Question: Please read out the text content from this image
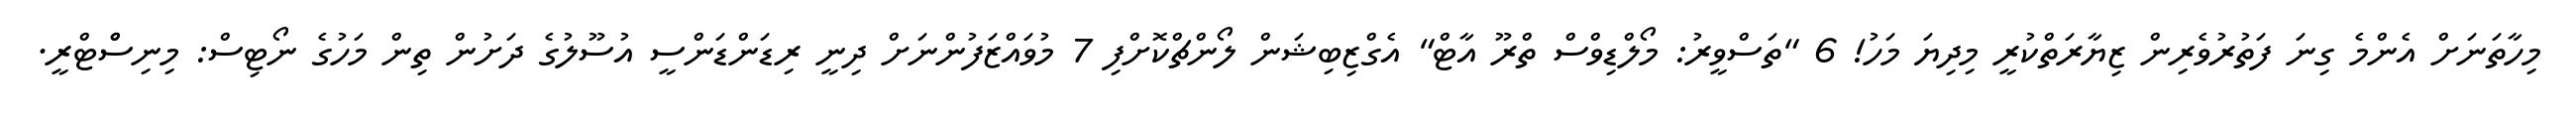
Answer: މިހާތަނަށް އެންމެ ގިނަ ފަތުރުވެރިން ޒިޔާރަތްކުރީ މިދިޔަ މަހު! 6 "ތަސްވީރު: މޯލްޑިވްސް ތްރޫ އާޓް" އެގްޒިބިޝަން ލޯންޗްކޮށްފި 7 މުވައްޒަފުންނަށް ދިނީ ރިޑަންޑަންސީ އުސޫލުގެ ދަށުން ތިން މަހުގެ ނޯޓިސް: މިނިސްްޓްރީ.